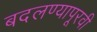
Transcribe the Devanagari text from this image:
बदलण्यापूरवी